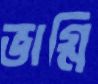
ভাগ্নি